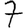
Digit: 7